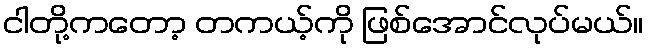
ငါတို့ကတော့ တကယ့်ကို ဖြစ်အောင်လုပ်မယ်။